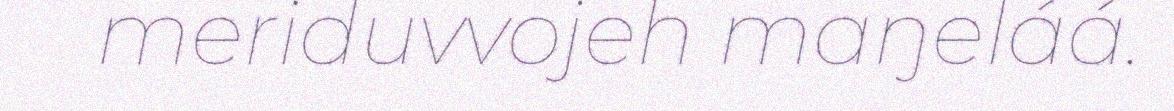
meriduvvojeh maŋeláá.